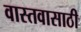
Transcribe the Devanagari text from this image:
वास्तवासाठी